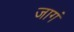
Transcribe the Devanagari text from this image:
जागं